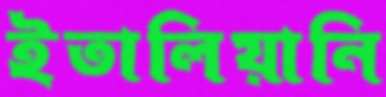
ইতালিয়ানি